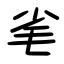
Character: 毟